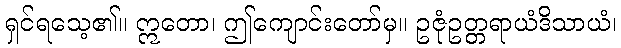
ရှင်ရသေ့၏။ ဣတော၊ ဤကျောင်းတော်မှ။ ဥဇုံဥတ္တရာယံဒိသာယံ၊